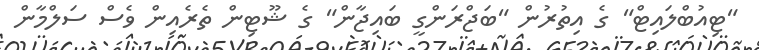
"ޓިއުބްލައިޓް" ގެ އިތުރުން "ބަޖްރަންގީ ބައިޖާން" ގެ ޝޫޓިން ތެރެއިން ވެސް ސަލްމާން